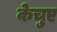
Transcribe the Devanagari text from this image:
केचुए